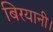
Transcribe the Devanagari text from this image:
बिरयानी।